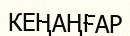
КЕҢАҢҒАР